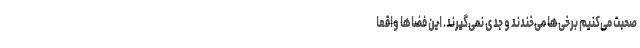
صحبت می‌کنیم برخی‌ها می‌خندند و جدّی نمی‌گیرند. این فضاها واقعاً